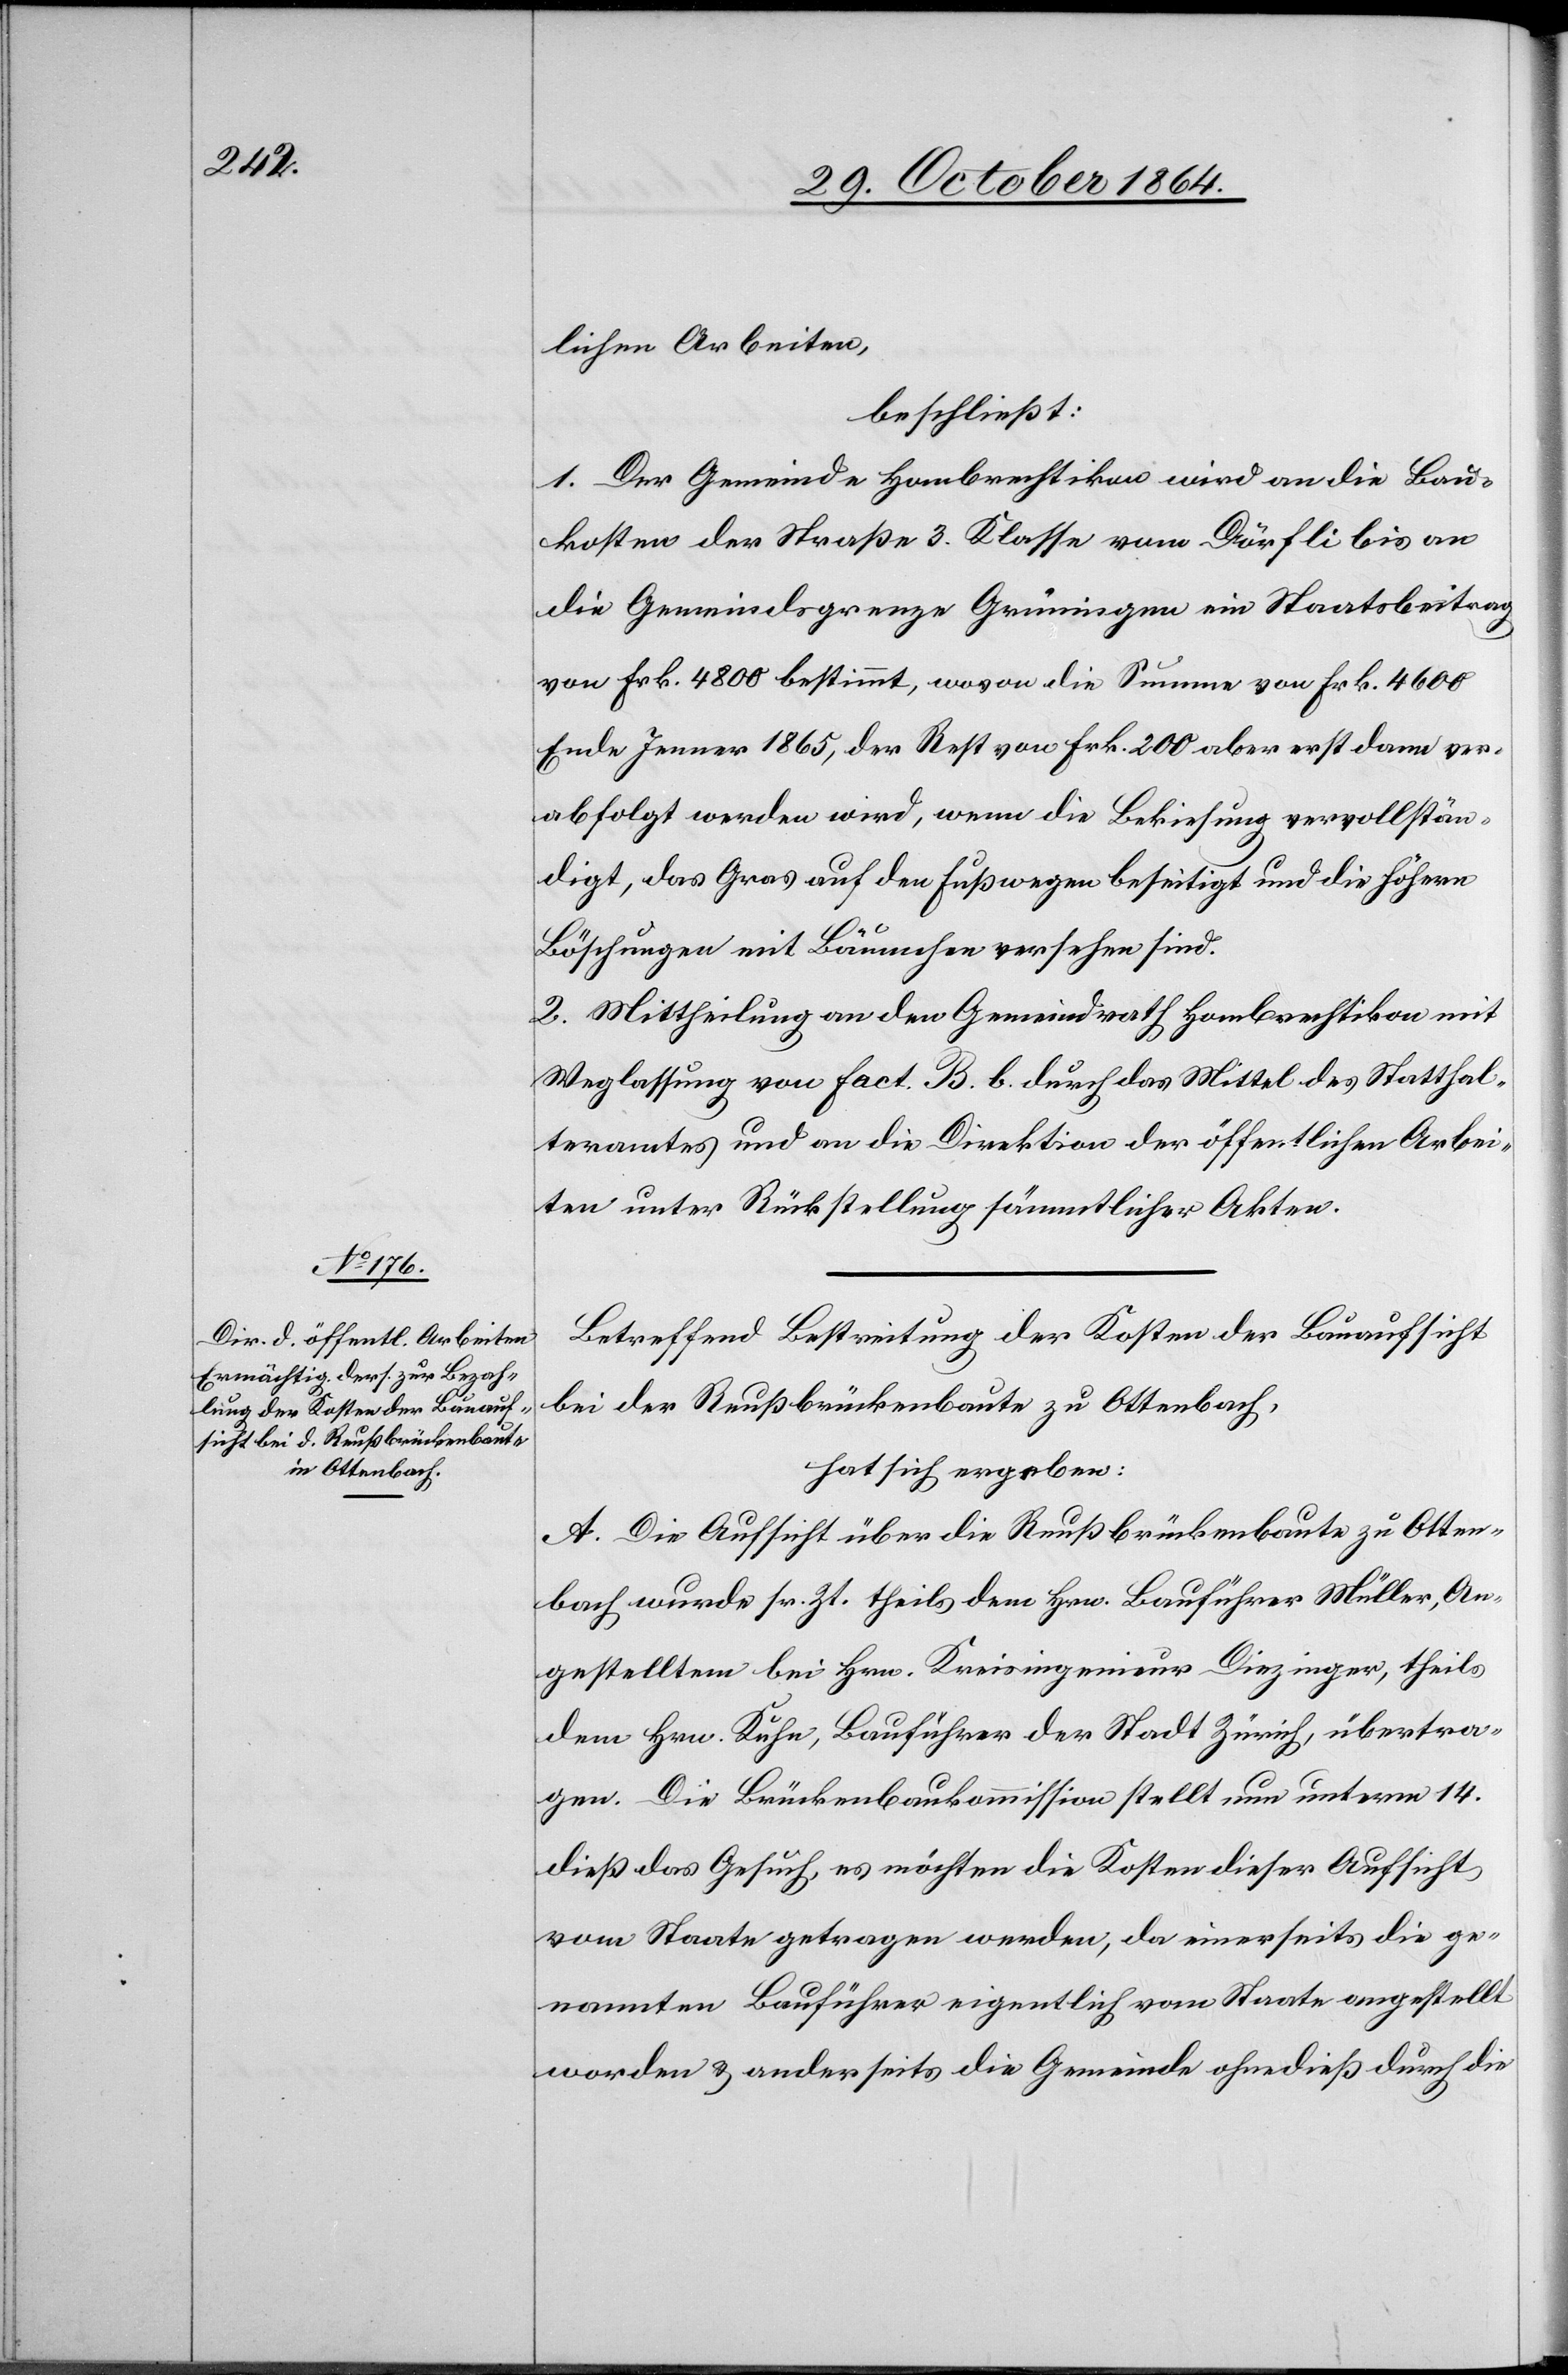
lichen Arbeiten,
beschließt:
1. Der Gemeinde Hombrechtikon wird an die Bau¬
kosten der Straße 3. Klasse vom Dörfli bis an
die Gemeindsgrenze Grüningen ein Staatsbeitrag
von Frk. 4800 bestimmt, wovon die Summe von Frk. 4600
Ende Jenner 1865, der Rest von Frk. 200 aber erst dann ver¬
abfolgt werden wird, wenn die Bekiesung vervollstän¬
digt, das Gras auf den Fußwegen beseitigt und die höhern
Böschungen mit Bäumchen versehen sind.
2. Mittheilung an den Gemeindrath Hombrechtikon mit
Weglassung von Fact. B. b. durch das Mittel des Statthal¬
teramtes und an die Direktion der öffentlichen Arbei¬
ten unter Rückstellung sämmtlicher Akten.
Betreffend Bestreitung der Kosten der Bauaufsicht
bei der Reußbrückenbaute zu Ottenbach,
hat sich ergeben:
A. Die Aufsicht über die Reußbrückenbaute zu Otten¬
bach wurde sr. Zt. theils dem Hrn. Bauführer Müller, An¬
gestellten bei Hrn. Kreisingenieur Diezinger, theils
dem Hrn. Kuhn, Bauführer der Stadt Zürich, übertra¬
gen. Die Brückenbaukommission stellt nun unterm 14.
dieß das Gesuch, es möchten die Kosten dieser Aufsicht
vom Staate getragen werden, da einerseits die ge¬
nannten Bauführer eigentlich vom Staate angestellt
worden & anderseits die Gemeinde ohnedieß durch die